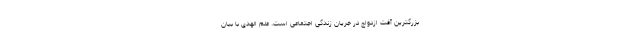
بزرگترین آفت ازدواج در جریان زندگی اجتماعی است. علم الهدی با بیان